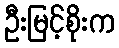
ဦးမြင့်စိုးက